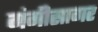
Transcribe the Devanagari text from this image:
गंगीसागर